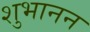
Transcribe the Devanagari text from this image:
शुभानन